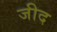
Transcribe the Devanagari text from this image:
जीद